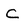
Character: C